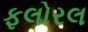
ફલોરલ